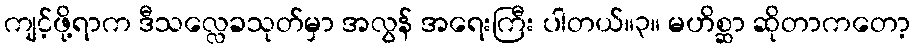
ကျင့်ဖို့ရာက ဒီသလ္လေခသုတ်မှာ အလွန် အရေးကြီး ပါတယ်။၃။ မဟိစ္ဆာ ဆိုတာကတော့